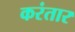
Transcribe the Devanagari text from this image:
करंतार